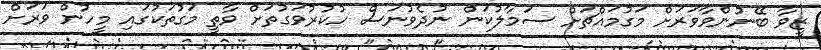
ޒީވާ ބޭނުންވާވަރަށް މަގުމައްޗަށް ސަމާލުކަން ނުދެވުނަސް ހުކުރުވަގުތަށް ވާތީ މަގުތަކުގައި މީހުން ވަރަށް